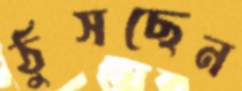
ঠুসছেন